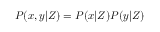
P ( x , y | Z ) = P ( x | Z ) P ( y | Z )